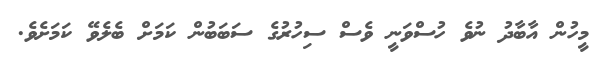
މީހުން އާބާދު ނުވެ ހުސްވަނީ ވެސް ސިހުރުގެ ސަބަބުން ކަމަށް ބެލެވޭ ކަމަށެވެ.